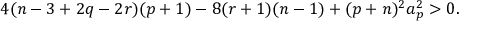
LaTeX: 4 ( n - 3 + 2 q - 2 r ) ( p + 1 ) - 8 ( r + 1 ) ( n - 1 ) + ( p + n ) ^ { 2 } a _ { p } ^ { 2 } > 0 .